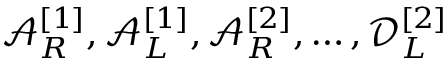
\mathcal { A } _ { R } ^ { [ 1 ] } , \mathcal { A } _ { L } ^ { [ 1 ] } , \mathcal { A } _ { R } ^ { [ 2 ] } , \dots , \mathcal { D } _ { L } ^ { [ 2 ] }